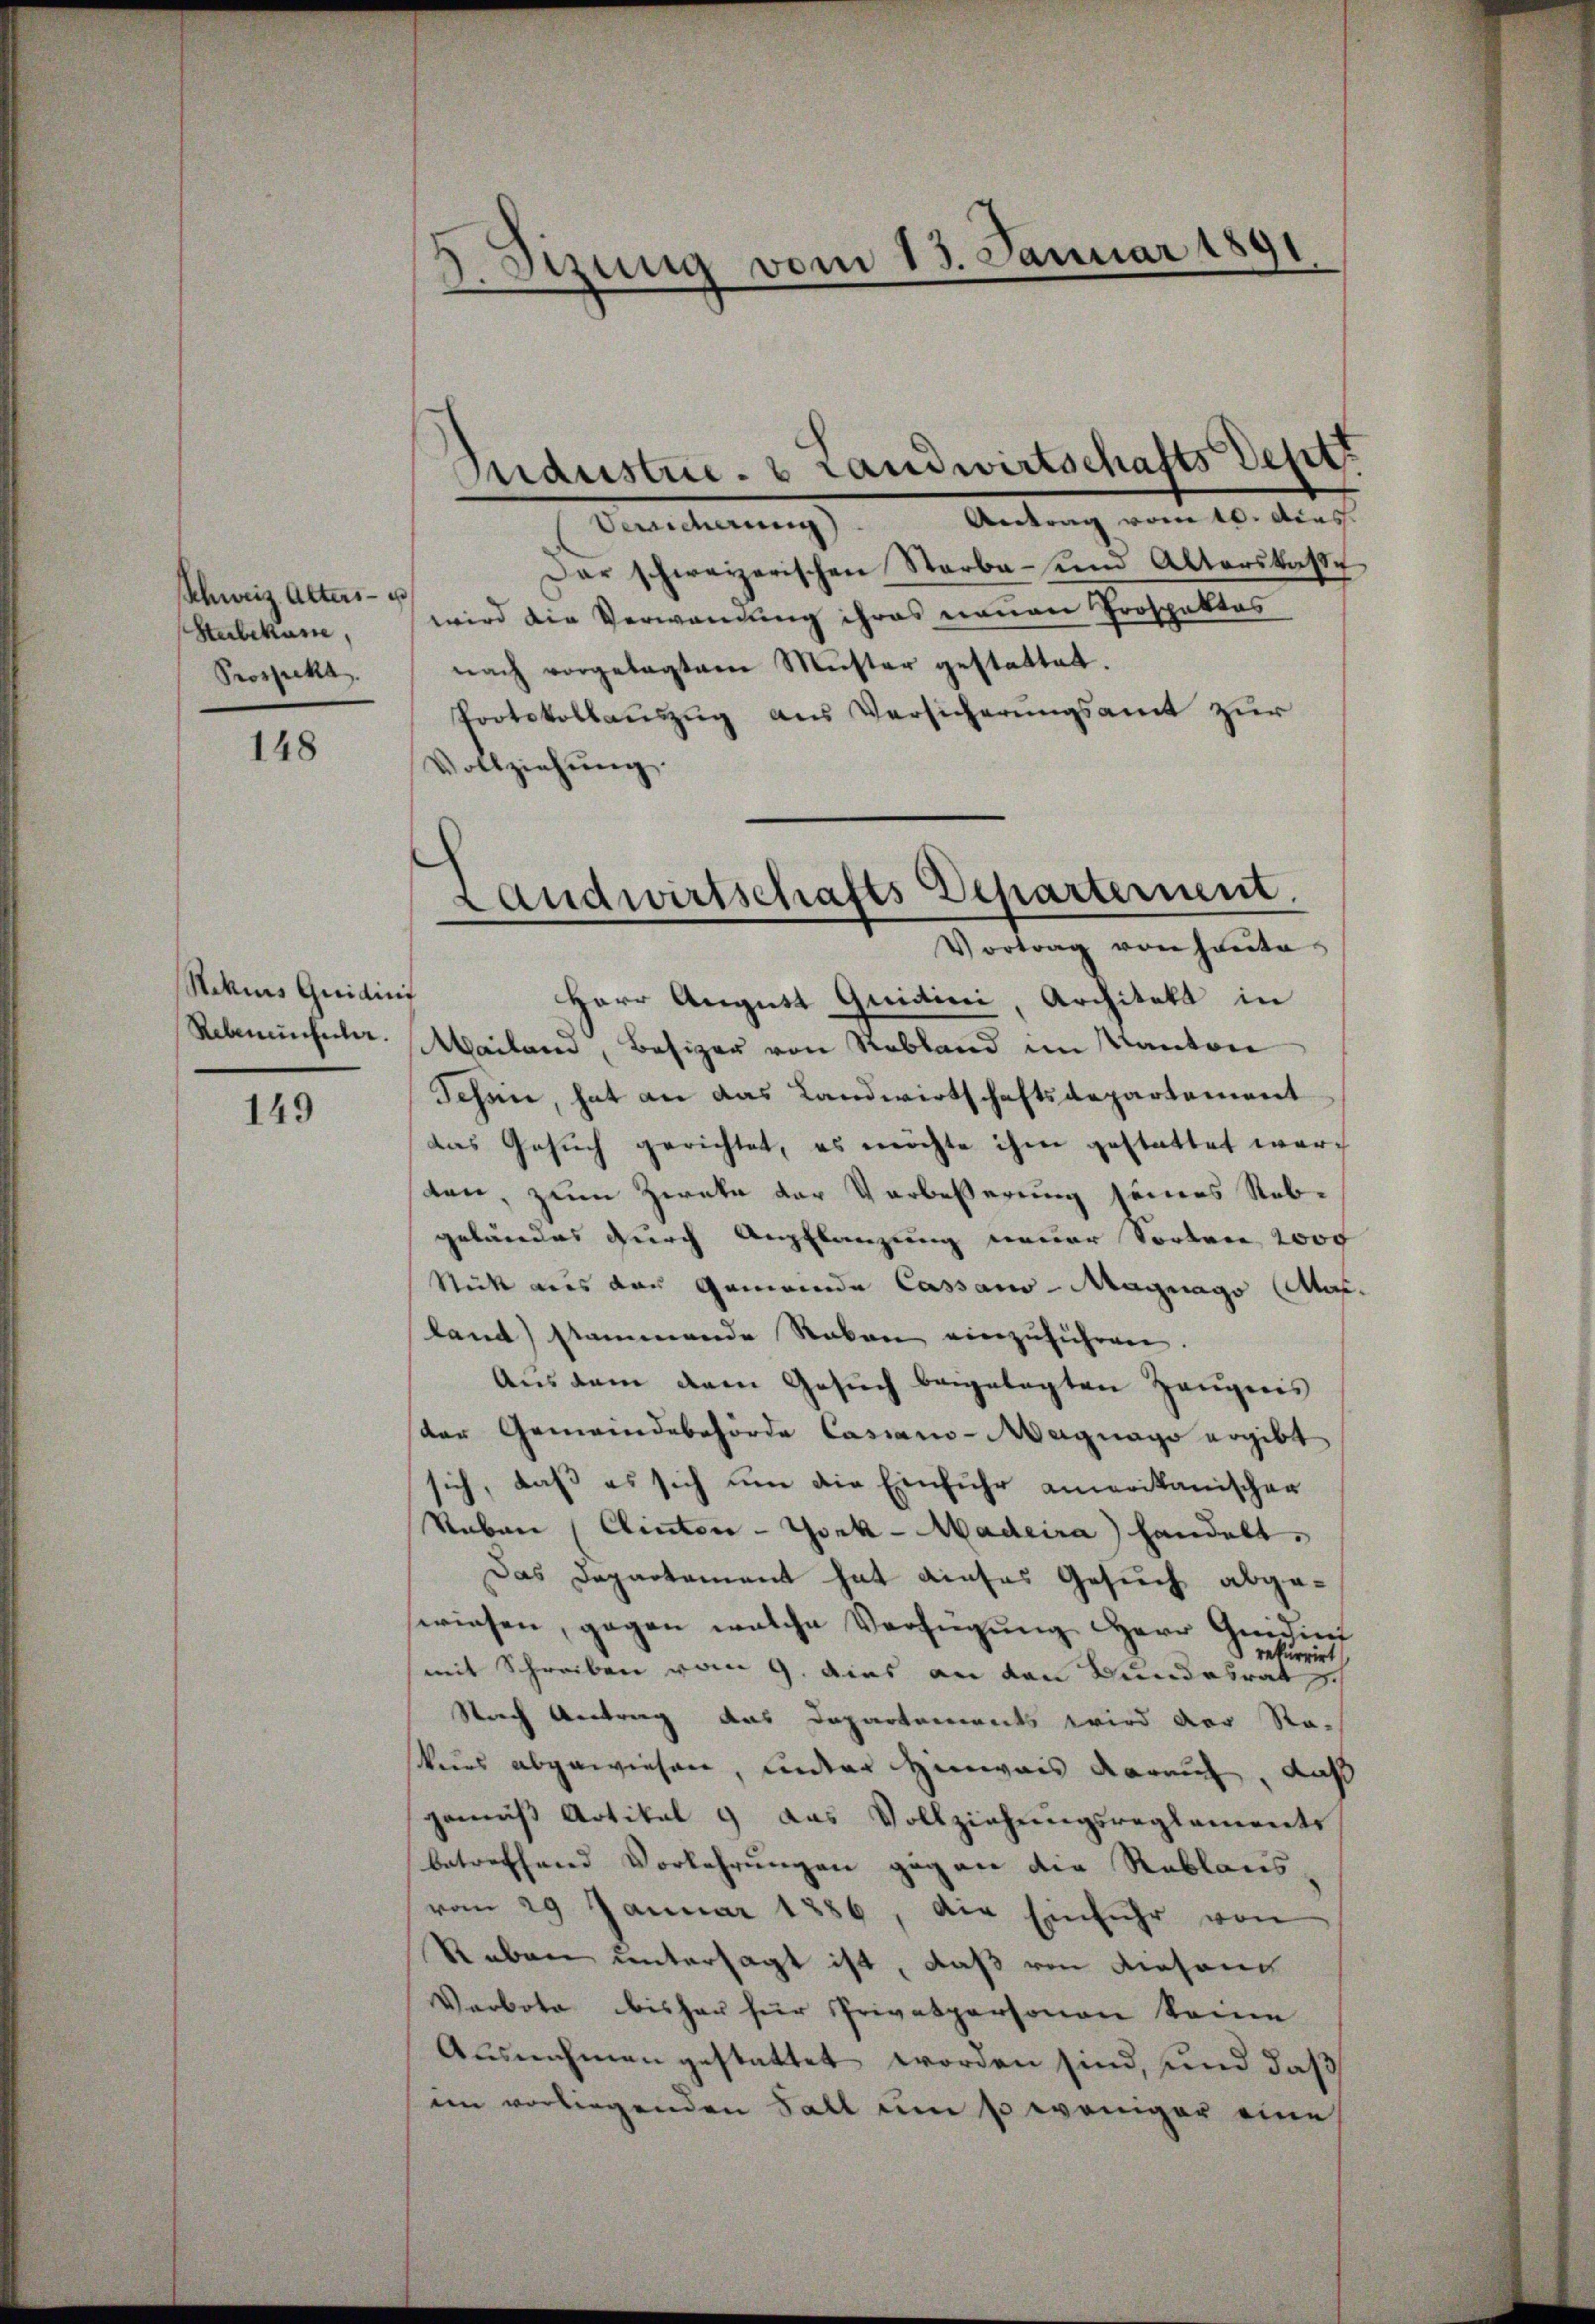
Schweiz. Alters- u
Sterbekane,
Prospekt

148

Sekis Quidinis
Rebenenfeller.

149

Sitzung vom 13. Januar 1891
.
s

Industrieb Landwirtschafts Deptt
Versicherung). Antrag vom 10. Acas.
Dar schweizerischen Starba- und Alterskasse
wird die Verwandung ihres neuen Prospektes
nach vorgelegtem Müster gestattet.
Protokollauszug aus Versicherungsamt zur
Vollziehŭng
Landwirtschafts Departernent

Herr August Quidini, Architekt in
Meilern, Besizer von Rebland im Kanton
Schön, hat an das Landwirtschaftsdepartement
das Gesuch gerichtet, es möchte ihm gestattet werden, zum Zweke der Verbeßerung jeners Rebgelandes durch Anpflanzung neuer Sorten 2000
Stück aus der Gemeinde Cassaus-Magnago (Mas.
land) stammende Raken einzuführen.
Aŭs dem dem Gesŭch beigelegten Zeŭgnis
der Gemeindebehörde Cassaus-Magnago ergibt
sich, daß es sich um die Einfuhr amerikanischen
Raben (Clinter - Gork-Madeira) handelt.
Das Departement hat dieses Gesuch abgeswiesen, gegen welche Verfügung Herr Quident
rekurrirt
mit Schreiben vom 9. dies an den Bundesrat
Stuech Antrag das Departenwerts wird der Stakurs abgewiesen, ander Hinweis darauf, daß
gemäβ Artikal & das Vollziehŭngsreglements
betreffend Vorkehrungen geg an die Reblaus
vom 29 Januar 1886, die Einfuhr von
Reben untersagt ist, daß von diesen
Verbote bisher für Privatpersonen keine
Ausnahmen gestattet worden sind, und daß
im vorliegenden Fall um so weniger eine

Vortrag von heute